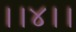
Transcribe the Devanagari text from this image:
।।४।।